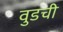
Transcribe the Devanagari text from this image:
वुडची